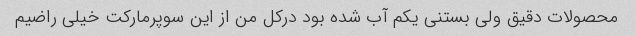
محصولات دقیق ولی بستنی یکم آب شده بود درکل من از این سوپرمارکت خیلی راضیم